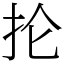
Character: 抡